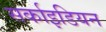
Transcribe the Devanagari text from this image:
सर्काइडियन